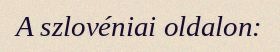
A szlovéniai oldalon: